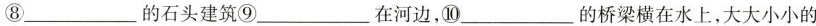
⑧___的石头建筑⑨___在河边，⑩___的桥梁横在水上，大大小小的